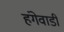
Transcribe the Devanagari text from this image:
हंगेवाडी